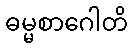
ဓမ္မစာဂေါတိ